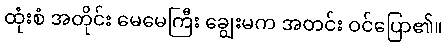
ထုံးစံ အတိုင်း မေမေကြီး ချွေးမက အတင်း ဝင်ပြော၏။